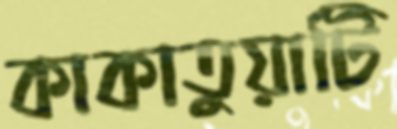
কাকাতুয়াটি